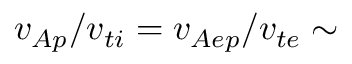
v _ { A p } / v _ { t i } = v _ { A e p } / v _ { t e } \sim